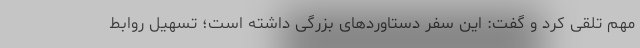
مهم تلقی کرد و گفت: این سفر دستاوردهای بزرگی داشته است؛ تسهیل روابط